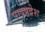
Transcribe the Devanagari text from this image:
पादप्रदेश